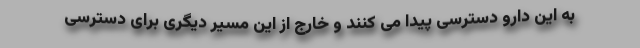
به این دارو دسترسی پیدا می کنند و خارج از این مسیر دیگری برای دسترسی